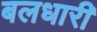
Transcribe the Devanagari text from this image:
बलधारी